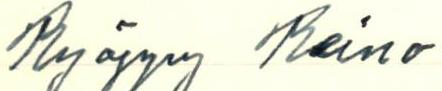
Ryöppy Reino